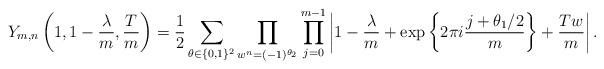
LaTeX: \begin{align*} Y_{m,n}\left( 1, 1- \frac{\lambda}{m} , \frac{T}{m} \right) = \frac{1}{2}\sum_{\theta \in \{0,1\}^2} \prod_{w^n = (-1)^{\theta_2}} \prod_{j=0}^{m-1} \left| 1- \frac{\lambda}{m} + \exp \left\{ 2 \pi i \frac{ j + \theta_1 /2}{ m } \right\} + \frac{Tw}{m}\right|.\end{align*}